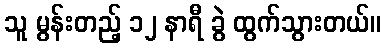
သူ မွန်းတည့် ၁၂ နာရီ ခွဲ ထွက်သွားတယ်။